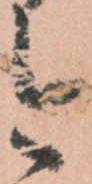
今